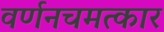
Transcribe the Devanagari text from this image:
वर्णनचमत्कार